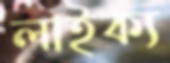
লাইক্য